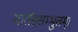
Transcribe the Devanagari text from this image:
मार्तंडसम्भुतम्।